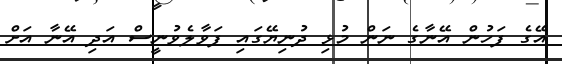
އޭގެ ފަހުން އޭނާގެ ނަން މުޅި ދުނިޔޭގައި ފަވާލެވުނީސް އަދި އޭނާ އަށް